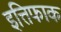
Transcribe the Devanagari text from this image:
इत्तिफाक